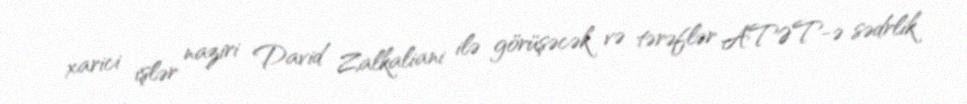
xarici işlər naziri David Zalkaliani ilə görüşəcək və tərəflər ATƏT-ə sədrlik